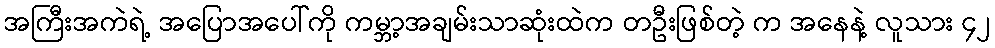
အကြီးအကဲရဲ့ အပြောအပေါ်ကို ကမ္ဘာ့အချမ်းသာဆုံးထဲက တဦးဖြစ်တဲ့ က အနေနဲ့ လူသား ၄၂